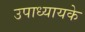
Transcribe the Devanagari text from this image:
उपाध्यायके